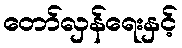
တော်လှန်ရေးနှင့်